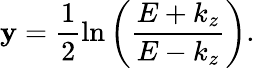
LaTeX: \mathbf{y}=\frac{{1}}{{2}}\ln\left({\frac{{E+k_{z}}}{{E-k_{z}}}}\right).